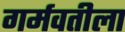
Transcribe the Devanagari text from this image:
गर्मवतीला